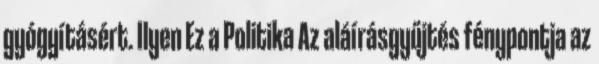
gyógyításért. Ilyen Ez a Politika Az aláírásgyűjtés fénypontja az